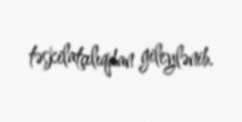
təşkilatçılıqdan gileylənib.